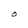
Character: O